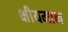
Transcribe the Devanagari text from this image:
क्षीयमान